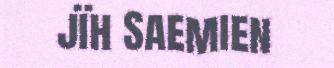
jïh Saemien